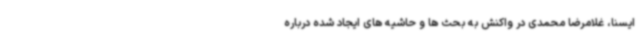
ایسنا، غلامرضا محمدی در واکنش به بحث ها و حاشیه های ایجاد شده درباره